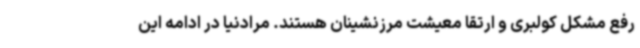
رفع مشکل کولبری و ارتقا معیشت مرزنشینان هستند. مرادنیا در ادامه این